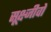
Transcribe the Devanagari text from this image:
सूक्ष्जीवों